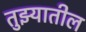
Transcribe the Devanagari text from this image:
तुझ्यातील